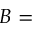
B =